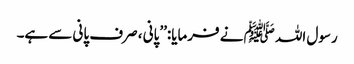
رسول اللہ ﷺ نے فرمایا:’’پانی ، صرف پانی سے ہے۔